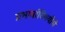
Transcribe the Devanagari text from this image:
प्रभावांविषयीचे